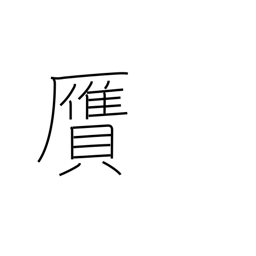
Meaning: forgery